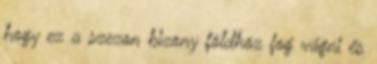
hogy ez a szezon bizony földhöz fog vágni és